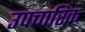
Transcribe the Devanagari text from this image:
उपचारिक